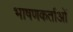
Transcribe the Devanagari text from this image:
भाषणकर्ताओं